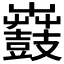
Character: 𪔫